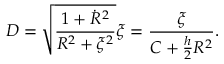
D = \sqrt { \frac { 1 + \dot { R } ^ { 2 } } { R ^ { 2 } + \xi ^ { 2 } } } \xi = \frac { \xi } { C + \frac { h } { 2 } R ^ { 2 } } .